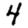
Digit: 4